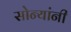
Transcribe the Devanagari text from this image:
सोन्यांनी